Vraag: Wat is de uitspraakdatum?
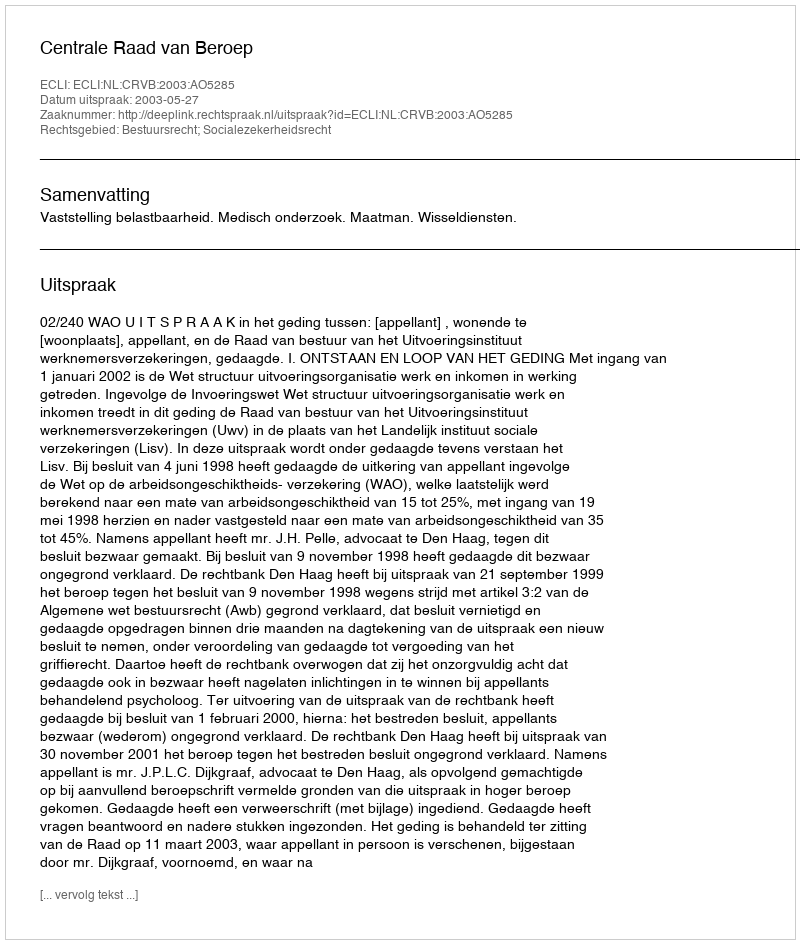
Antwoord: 2003-05-27